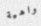
واهية